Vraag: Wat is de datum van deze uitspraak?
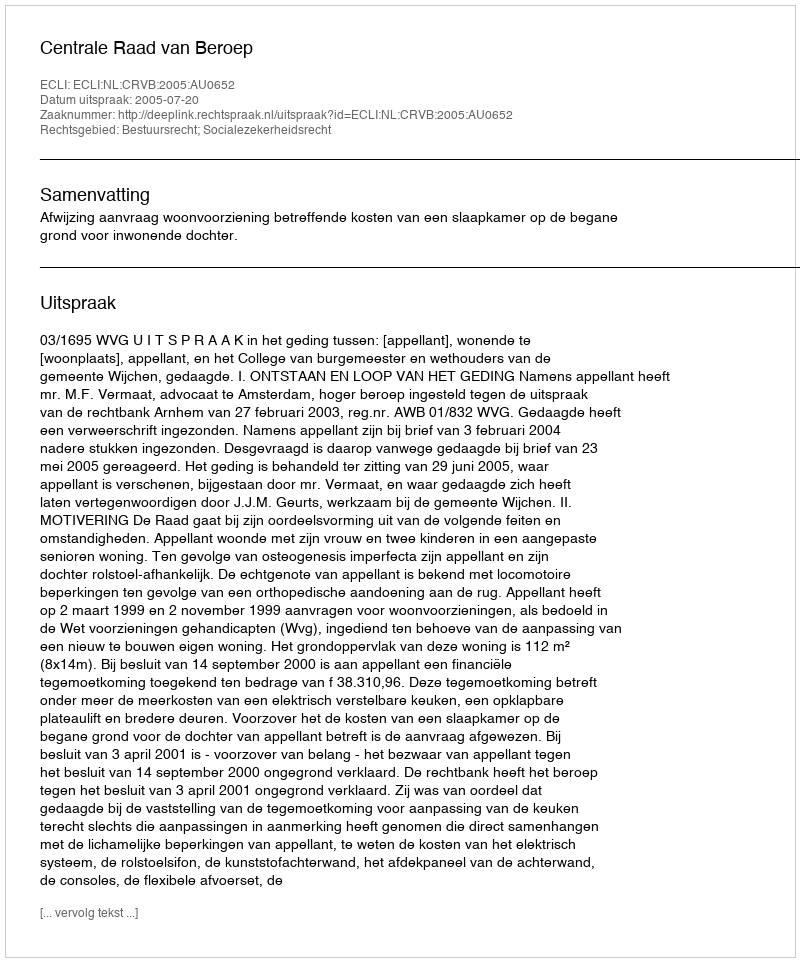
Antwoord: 2005-07-20